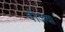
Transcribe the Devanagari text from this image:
वीजया